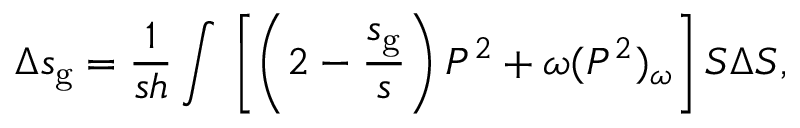
\Delta s _ { \mathrm { g } } = \frac { 1 } { s h } \int \d z \left[ \left( 2 - \frac { s _ { \mathrm { g } } } { s } \right) P ^ { 2 } + \omega ( P ^ { 2 } ) _ { \omega } \right] S \Delta S ,